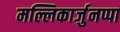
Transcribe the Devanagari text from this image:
मल्लिकार्जुनप्पा